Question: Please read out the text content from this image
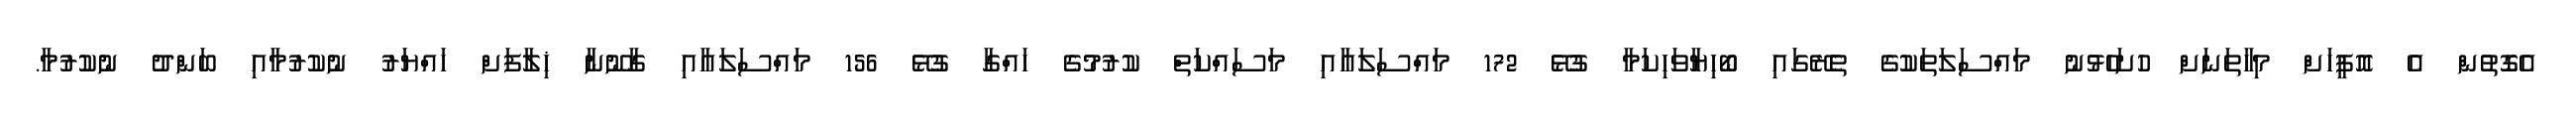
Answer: އެގޮތުން އެ އޮފީހަށް މިހާތަނަށް ހުށަހެޅުނު މައްސަލަތަކުގެ ތެރޭގައި ބޯހިޔާވަހިކަމާ ގުޅޭ 172 މައްސަލައާއި މަސައްކަތް ކުރުމުގެ ހައްގާ ގުޅޭ 156 މައްސަލައާއި ގާނޫނާ ޚިލާފަށް ހައްޔަރު ނުކުރުމާއި ބަންދު ނުކުރުމާ.